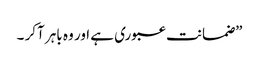
”ضمانت عبوری ہے اور وہ باہر آکر ۔